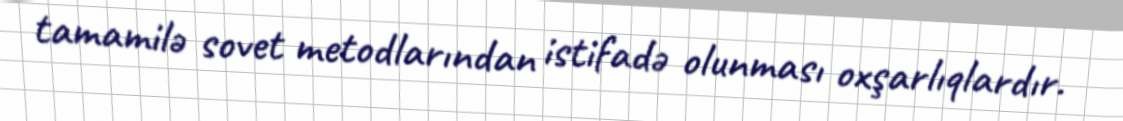
tamamilə sovet metodlarından istifadə olunması oxşarlıqlardır.